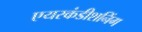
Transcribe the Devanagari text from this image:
एयरकंडीशनिंग